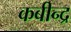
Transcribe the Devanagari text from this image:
कबीन्द्र